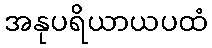
အနုပရိယာယပထံ